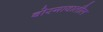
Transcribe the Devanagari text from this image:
बोरगावातील